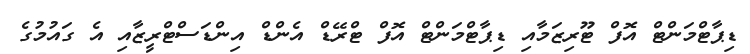
ޑިޕާޓްމަންޓް އޮފް ޓޫރިޒަމާއި ޑިޕާޓްމަންޓް އޮފް ޓްރޭޑް އެންޑް އިންޑަސްޓްރީޒާއި އެ ގައުމުގެ